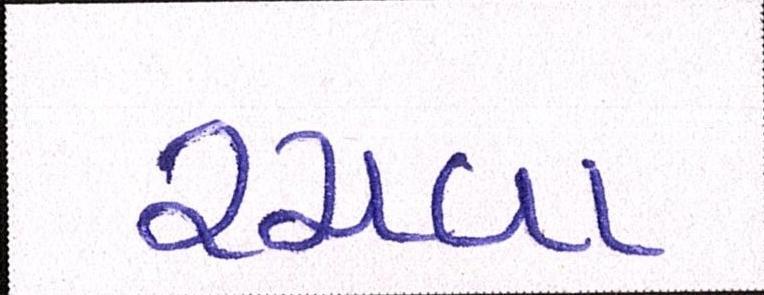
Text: રચવા